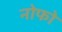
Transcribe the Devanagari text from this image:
नोफो